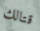
قتالك